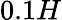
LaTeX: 0.1H